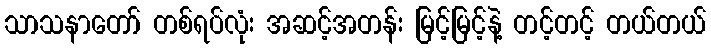
သာသနာတော် တစ်ရပ်လုံး အဆင့်အတန်း မြင့်မြင့်နဲ့ တင့်တင့် တယ်တယ်